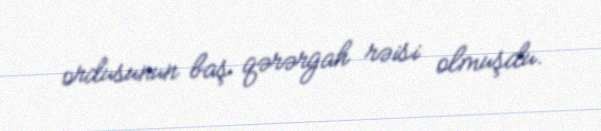
ordusunun baş qərərgah rəisi olmuşdu.